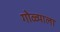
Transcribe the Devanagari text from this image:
गोळ्याला